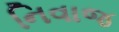
નિવાજ